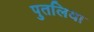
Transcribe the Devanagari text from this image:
पुतलिया